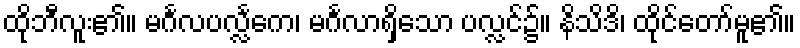
ထိုဘီလူး၏။ မင်္ဂလပလ္လင်္ကေ၊ မင်္ဂလာရှိသော ပလ္လင်၌။ နိသိဒိ၊ ထိုင်တော်မူ၏။